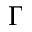
\Gamma